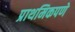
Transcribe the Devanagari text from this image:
प्राथमिकपणे